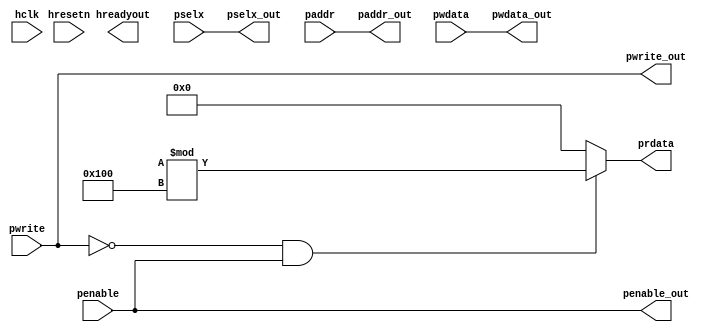
module apb_interface  ( input hclk, hresetn , pwrite , penable,
								input [2:0] pselx,
								input [31:0] paddr, pwdata,
								output pwrite_out, penable_out,
								output hreadyout,
								output [2:0] pselx_out,
								output [31:0] paddr_out, pwdata_out,
								output reg [31:0] prdata );
								
assign penable_out = penable;
assign pwrite_out  = pwrite;
assign pselx_out  = pselx;
assign paddr_out  = paddr;
assign pwdata_out = pwdata;


always @ (*)

	begin
		if(pwrite == 0 && penable == 1)		// pwrite 0 states read data
			prdata = {$random}%256;
		else
		prdata = 0;
   end
endmodule